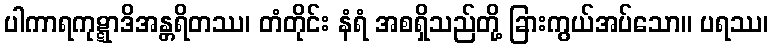
ပါကာရကုဋ္ဋာဒိအန္တရိတဿ၊ တံတိုင်း နံရံ အစရှိသည်တို့ ခြားကွယ်အပ်သော။ ပရဿ၊